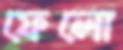
ফেলো